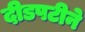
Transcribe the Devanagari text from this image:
दीडपटीने